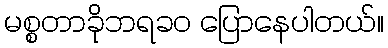
မစ္စတာခိုဘရခဝ ပြောနေပါတယ်။